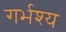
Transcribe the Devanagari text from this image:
गर्भश्य